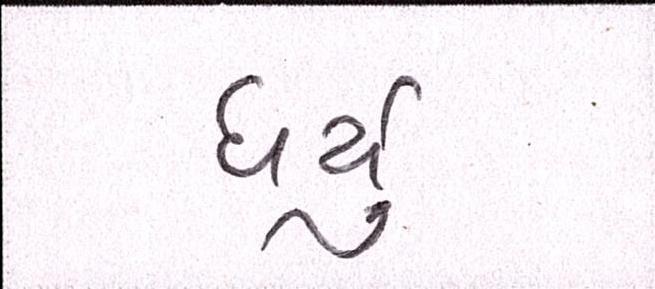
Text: ધર્યું